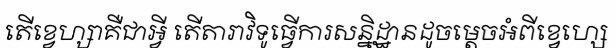
តើខ្វេហ្សាគឺជាអ្វី តើតារាវិទូធ្វើការសន្និដ្ឋានដូចម្តេចអំពីខ្វេហ្សេ